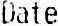
DATE